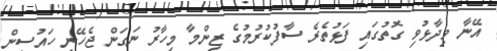
އޭނާ ވިދާޅުވި ގޮތުގައި ފަޅުތެރެ ސާފުކުރުމުގެ ޒިންމާ މިހާރު ނަގަން ޖެހޭނީ ހައުސިން